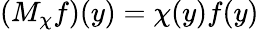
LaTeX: (M_{\chi}f)(y)=\chi(y)f(y)